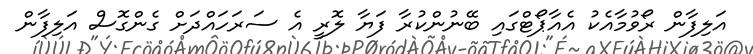
އަލިފާން ރޯވުމާއެކު އެއާޕޯޓްގައި ބޭނުންކުރާ ފަޔާ ލޮރީ އެ ސަރަހައްދަށް ގެންގޮސް އަލިފާން